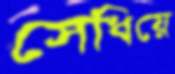
সেধিয়ে